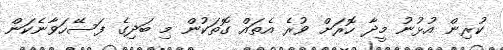
ކުރިން އުޅުނު މީދާ ހޮރަށް ވުރެ އެތައް ގޮތަކުން މި ބަދިގެ ފަސޭހަވާނެކަން